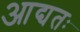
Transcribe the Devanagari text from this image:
आद्यतः